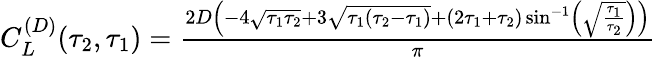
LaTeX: \begin{array}{r}{C_{L}^{(D)}(\tau_{2},\tau_{1})=\frac{2D\left(-4\sqrt{\tau_{1}\tau_{2}}+3\sqrt{\tau_{1}(\tau_{2}-\tau_{1})}+(2\tau_{1}+\tau_{2})\sin^{-1}\left(\sqrt{\frac{\tau_{1}}{\tau_{2}}}\right)\right)}{\pi}}\end{array}